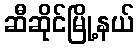
ဆီဆိုင်မြို့နယ်